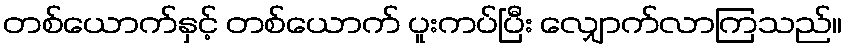
တစ်ယောက်နှင့် တစ်ယောက် ပူးကပ်ပြီး လျှောက်လာကြသည်။